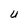
Character: U